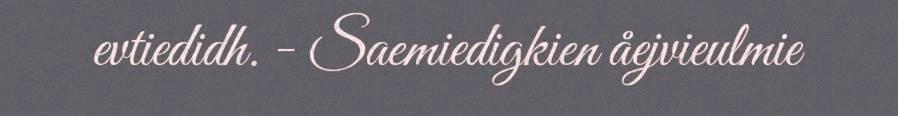
evtiedidh. - Saemiedigkien åejvieulmie